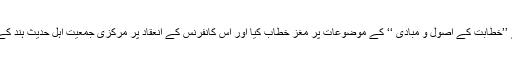
‘‘ ، مولانا عبدالغنی القوفی نیپال نے ’’خطابت کے اصول و مبادی ‘‘ کے موضوعات پر مغز خطاب کیا اور اس کانفرنس کے انعقاد پر مرکزی جمعیت اہل حدیث ہند کے ذمہ داران کو مبارک باد پیش کیا۔